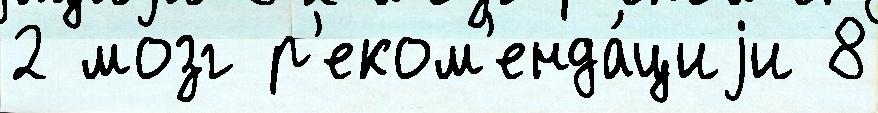
2 мозг р'еком'енда́циjи 8